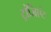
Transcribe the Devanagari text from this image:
ट्रांज़िएंट